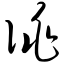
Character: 佻